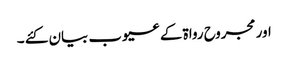
اور مجروح رواۃ کے عیوب بیان کئے ۔